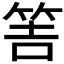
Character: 𥭅